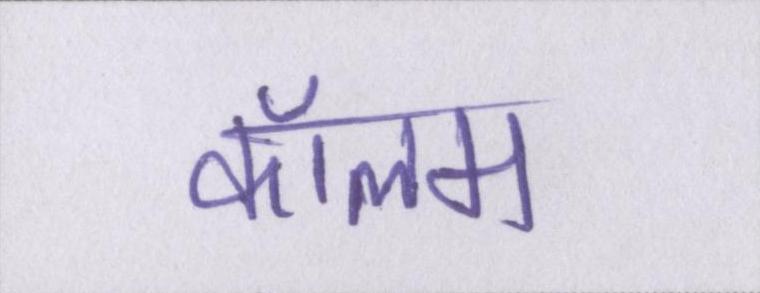
कॉलम